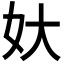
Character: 𡚻